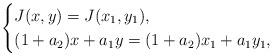
LaTeX: \begin{align*}\begin{cases}J(x, y)=J(x_1, y_1),\\(1+a_2)x+a_1 y=(1+a_2)x_1+a_1y_1,\end{cases}\end{align*}